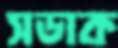
সডাক